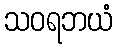
သဝရဘယံ